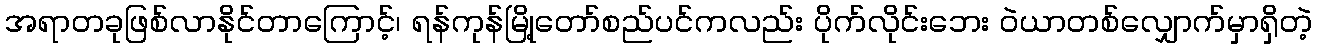
အရာတခုဖြစ်လာနိုင်တာကြောင့်၊ ရန်ကုန်မြို့တော်စည်ပင်ကလည်း ပိုက်လိုင်းဘေး ဝဲယာတစ်လျှောက်မှာရှိတဲ့